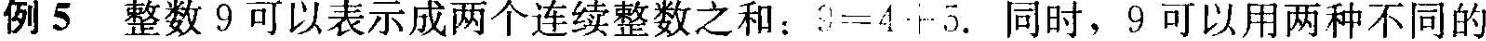
例5整数9可以表示成两个连续整数之和： $$S_{5}=4 \cdot \cdots 5.$$ 同时，9可以用两种不同的